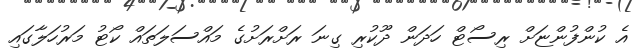
އެ ކުންފުންޏަށް ރިސޯޓް ހަދަން ދޫކުރި ގިނަ ރަށްރަށުގެ މައްސަލަތައް ކޯޓު މަރުހަލާގައި